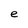
Character: e